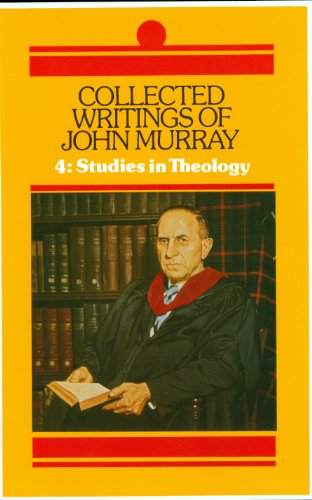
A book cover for Collected Writings of John Murray (4 Volume Set); John Murray; Christian Books & Bibles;